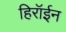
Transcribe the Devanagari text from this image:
हिरॉईन